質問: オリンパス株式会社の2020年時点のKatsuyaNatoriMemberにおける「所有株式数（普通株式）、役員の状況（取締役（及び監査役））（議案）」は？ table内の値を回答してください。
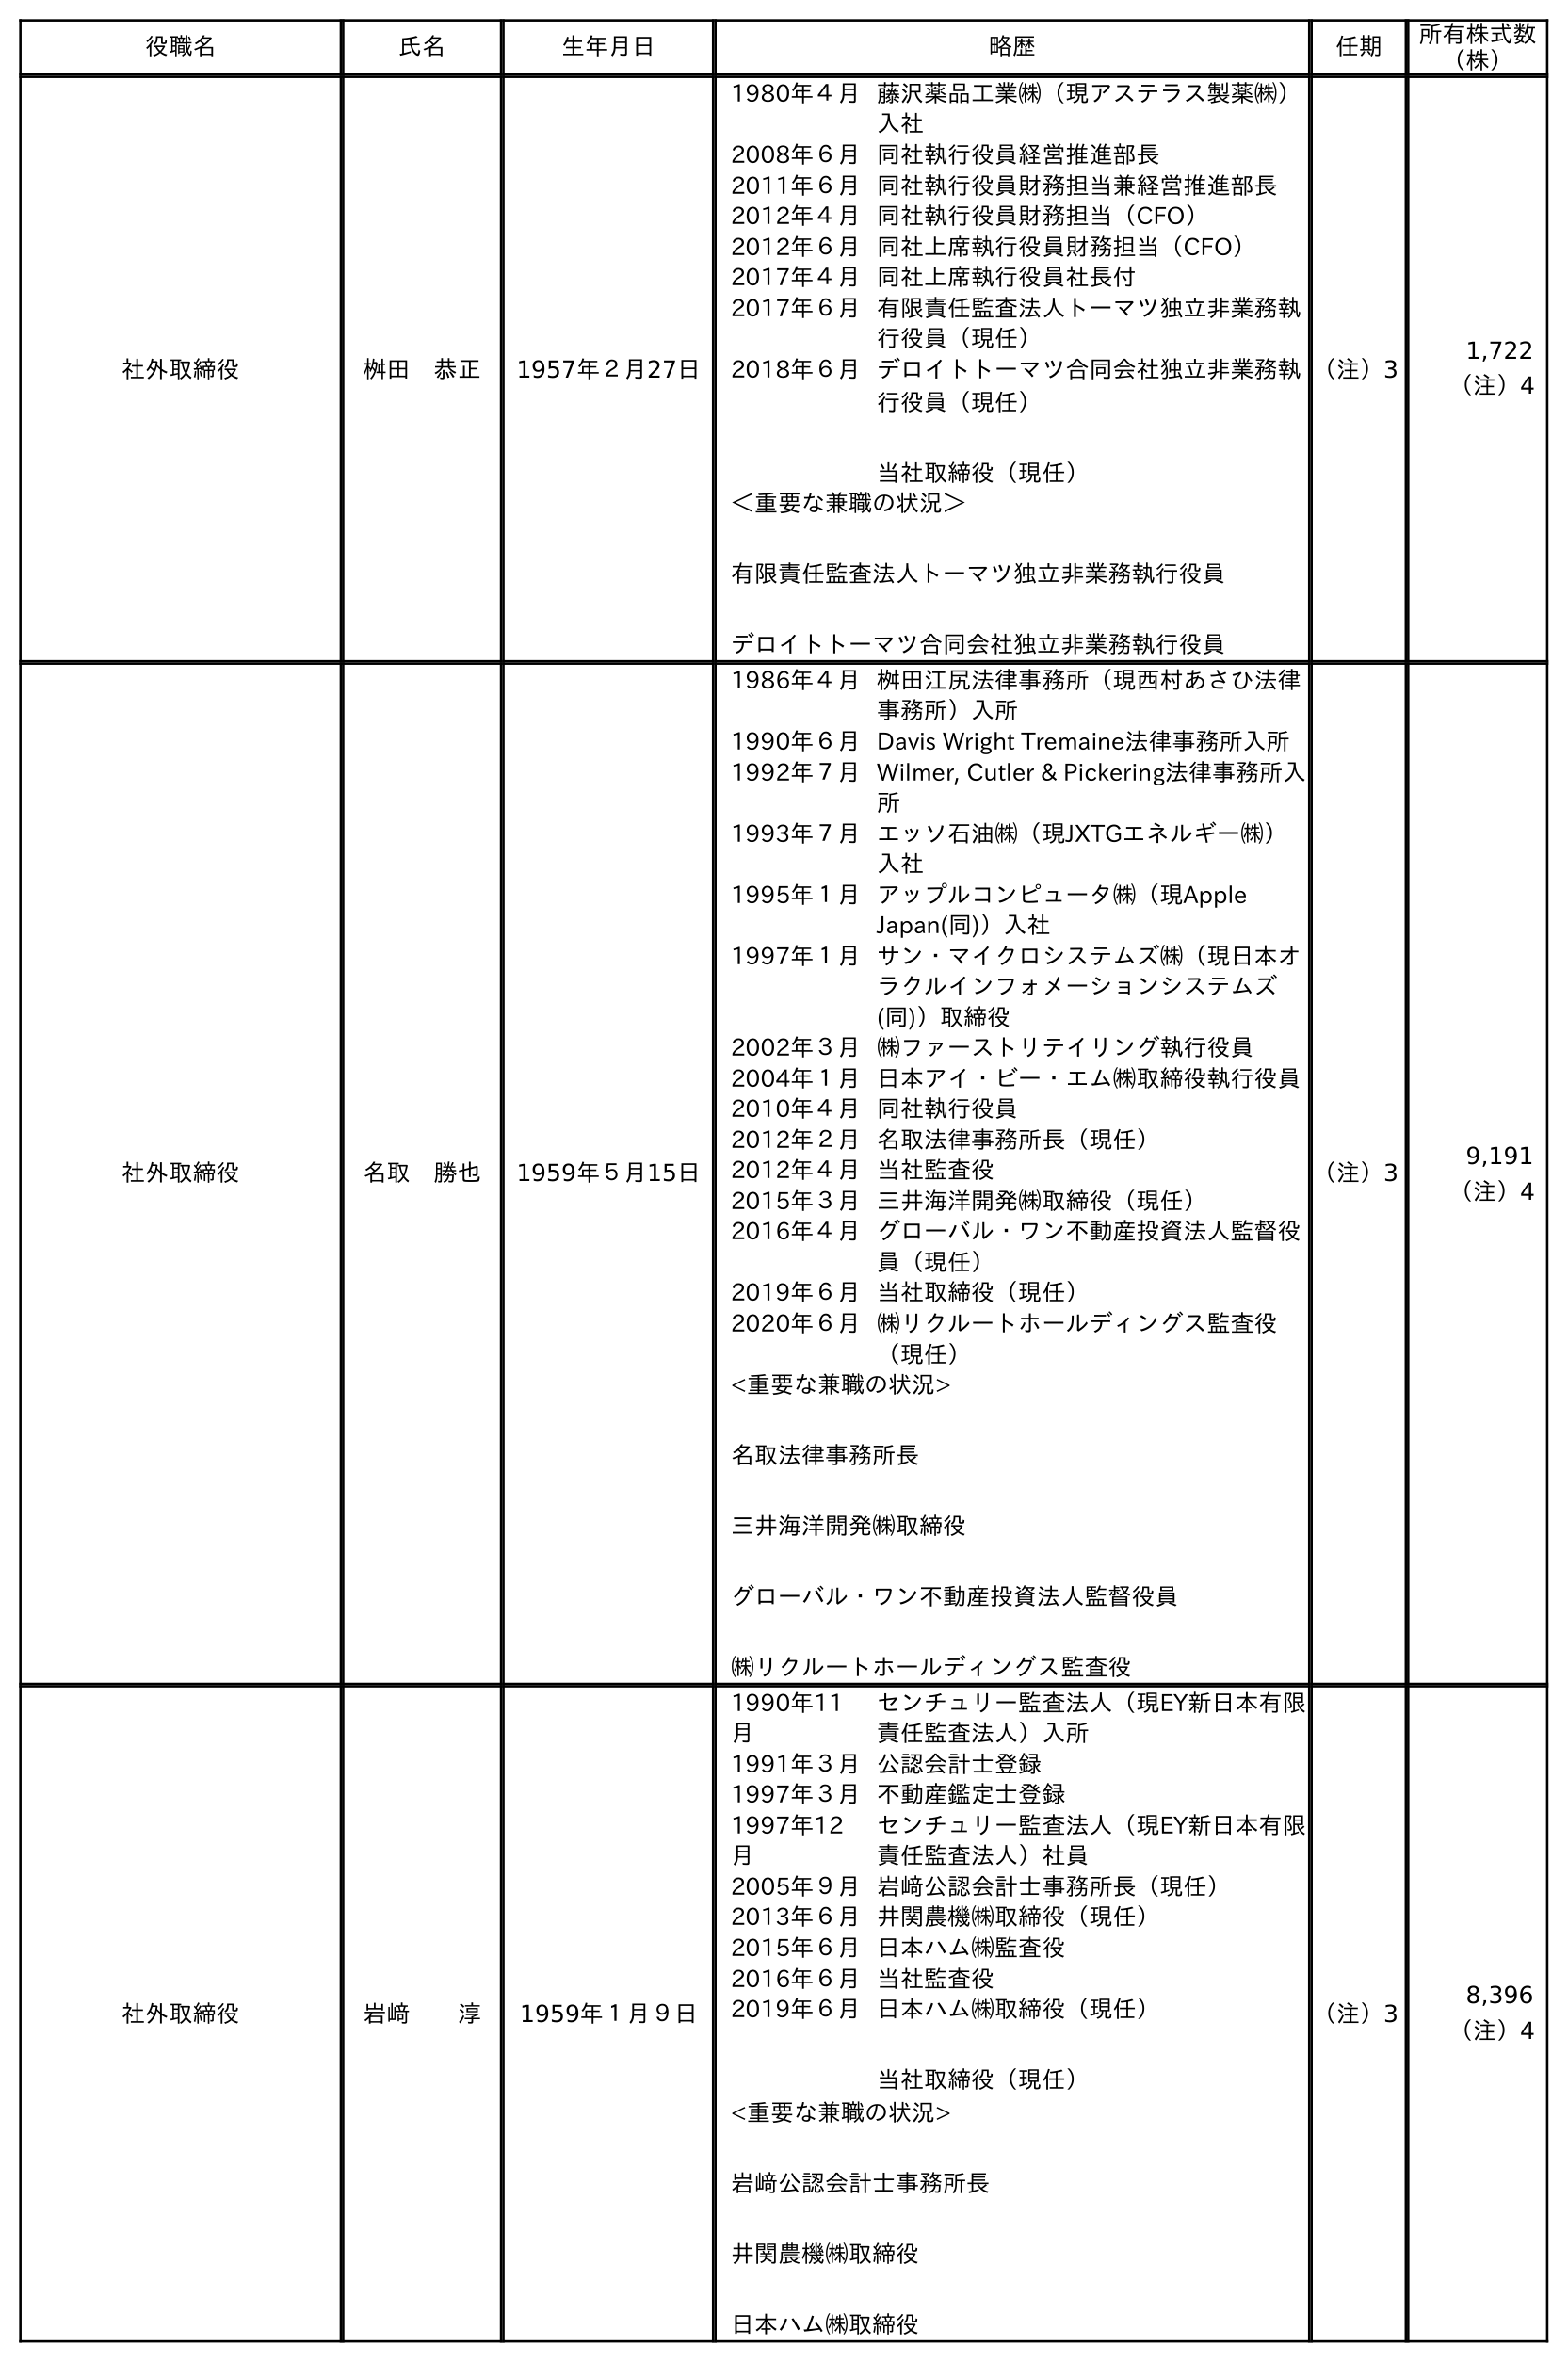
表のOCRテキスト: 役職名 氏名 生年月日 略歴 任期 所有株式数 （株） 社外取締役 桝田 恭正 1957年２月27日 1980年４月藤沢薬品工業㈱（現アステラス製薬㈱） 入社 2008年６月同社執行役員経営推進部長 2011年６月同社執行役員財務担当兼経営推進部長 2012年４月同社執行役員財務担当（CFO） 2012年６月同社上席執行役員財務担当（CFO） 2017年４月同社上席執行役員社長付 2017年６月有限責任監査法人トーマツ独立非業務執 行役員（現任） 2018年６月デロイトトーマツ合同会社独立非業務執 行役員（現任） 当社取締役（現任） ＜重要な兼職の状況＞ 有限責任監査法人トーマツ独立非業務執行役員 デロイトトーマツ合同会社独立非業務執行役員 （注）3 1,722 （注）4 社外取締役 名取 勝也 1959年５月15日 1986年４月桝田江尻法律事務所（現西村あさひ法律 事務所）入所 1990年６月Davis Wright Tremaine法律事務所入所 1992年７月Wilmer, Cutler & Pickering法律事務所入 所 1993年７月エッソ石油㈱（現JXTGエネルギー㈱） 入社 1995年１月アップルコンピュータ㈱（現Apple Japan(同)）入社 1997年１月サン・マイクロシステムズ㈱（現日本オ ラクルインフォメーションシステムズ (同)）取締役 2002年３月㈱ファーストリテイリング執行役員 2004年１月日本アイ・ビー・エム㈱取締役執行役員 2010年４月同社執行役員 2012年２月名取法律事務所長（現任） 2012年４月当社監査役 2015年３月三井海洋開発㈱取締役（現任） 2016年４月グローバル・ワン不動産投資法人監督役 員（現任） 2019年６月当社取締役（現任） 2020年６月㈱リクルートホールディングス監査役 （現任） <重要な兼職の状況> 名取法律事務所長 三井海洋開発㈱取締役 グローバル・ワン不動産投資法人監督役員 ㈱リクルートホールディングス監査役 （注）3 9,191 （注）4 社外取締役 岩﨑  淳 1959年１月９日 1990年11 月 センチュリー監査法人（現EY新日本有限 責任監査法人）入所 1991年３月公認会計士登録 1997年３月不動産鑑定士登録 1997年12 月 センチュリー監査法人（現EY新日本有限 責任監査法人）社員 2005年９月岩﨑公認会計士事務所長（現任） 2013年６月井関農機㈱取締役（現任） 2015年６月日本ハム㈱監査役 2016年６月当社監査役 2019年６月日本ハム㈱取締役（現任） 当社取締役（現任） <重要な兼職の状況> 岩﨑公認会計士事務所長 井関農機㈱取締役 日本ハム㈱取締役 （注）3 8,396 （注）4
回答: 9,191（注）4